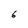
Character: 6